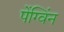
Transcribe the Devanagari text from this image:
पेंग्विंन